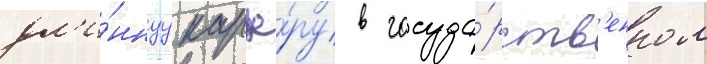
дл'и́ннуу карье́ру в госуда́рств'енном